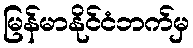
မြန်မာနိုင်ငံဘက်မှ